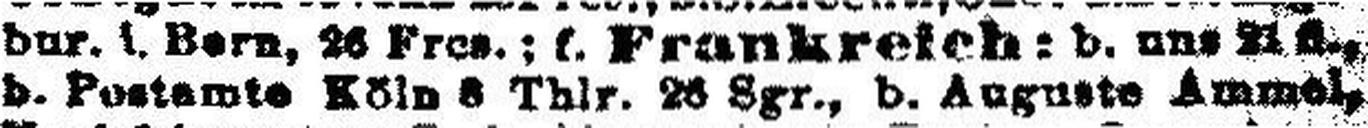
b. Postamte Köln 8 Thlr. 26 Sgr., b. Auguste Ammel,